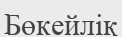
Бөкейлік